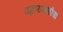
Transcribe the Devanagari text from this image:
उद्धारासाठीचा